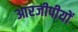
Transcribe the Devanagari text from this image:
आरजीपीयों